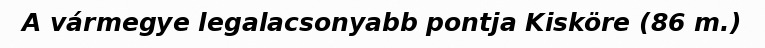
A vármegye legalacsonyabb pontja Kisköre (86 m.)